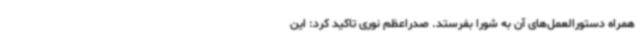
همراه دستورالعمل‌های آن به شورا بفرستد. صدراعظم نوری تاکید کرد: این